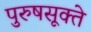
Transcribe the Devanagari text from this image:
पुरुषसूक्ते